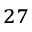
^ { 2 7 }